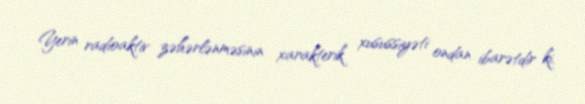
Yerin radioaktiv zəhərlənməsinin xarakterik xusussiyəti ondan ibarətdir ki,